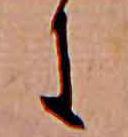
に